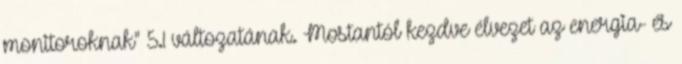
monitoroknak" 5.1 változatának. Mostantól kezdve élvezet az energia- és